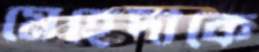
মেহেদীকে